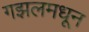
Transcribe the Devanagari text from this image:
गझलमधून